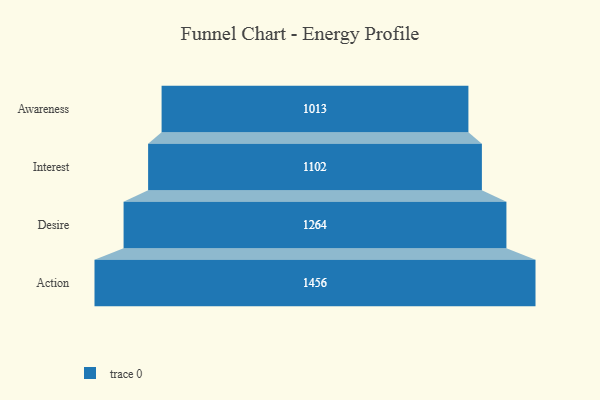
{"axis": {"x": "Stage", "y": "Value"}, "legend": [""], "data": [{"x": "Awareness", "y": 1013.0, "type": ""}, {"x": "Interest", "y": 1102.0, "type": ""}, {"x": "Desire", "y": 1264.0, "type": ""}, {"x": "Action", "y": 1456.0, "type": ""}]}